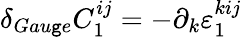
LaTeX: \delta_{Gau\mathtt{g}e}C_{1}^{ij}=-\partial_{k}\varepsilon_{1}^{kij}